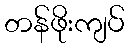
တန်ဖိုးကျပ်